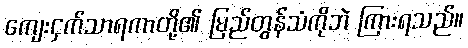
ကျေးငှက်သာရကာတို့၏ မြည်တွန်သံကိုဘဲ ကြားရသည်။